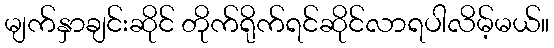
မျက်နှာချင်းဆိုင် တိုက်ရိုက်ရင်ဆိုင်လာရပါလိမ့်မယ်။